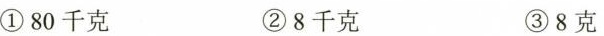
①80千克 ②8千克 ③8克